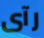
رآى